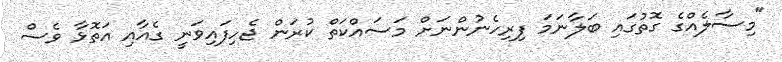
"މިސާލެއްގެ ގޮތުގައި ބަލާނަމަ ފިރިހެނުންނަށް މަސައްކަތް ކުރަން ޖެހިފައިވަނީ ގެއާއި އަތޮޅާ ވެސް